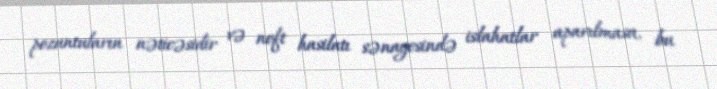
pozuntuların nəticəsidir və neft hasilatı sənayesində islahatlar aparılmasa, bu